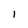
Character: I